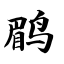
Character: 鹛